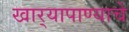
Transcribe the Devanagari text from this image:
खार्‍यापाण्याचे